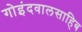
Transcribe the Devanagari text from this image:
गोइंदवालसाहिब